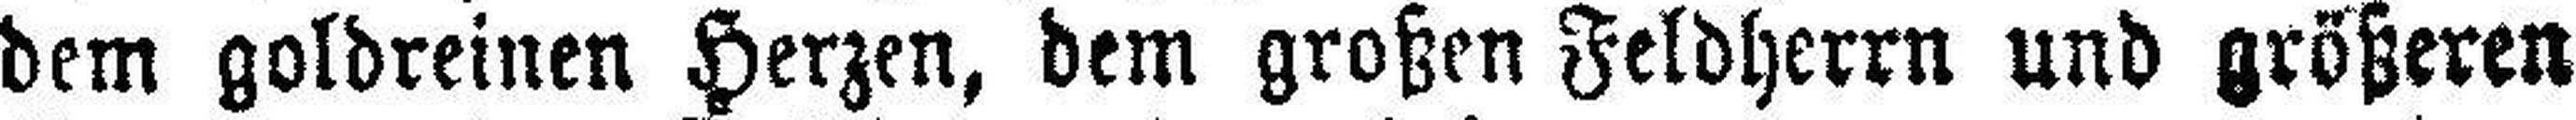
dem goldreinen Herzen, dem großen Feldherrn und größeren